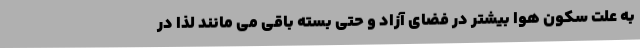
به علت سکون هوا بیشتر در فضای آزاد و حتی بسته باقی می مانند لذا در